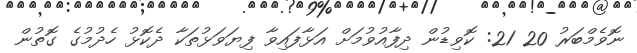
ނޮވެމްބަރު 20 21: ކޮވިޑުން ދިފާއުވުމަށް އަޅާފައިވާ ފިޔަވަޅުތަކާ ދެކޮޅު ހެދުމުގެ ގޮތުން